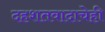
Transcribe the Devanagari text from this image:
दहशतवादाचेही